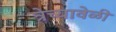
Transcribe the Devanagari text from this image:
त्रेच्यावेळी